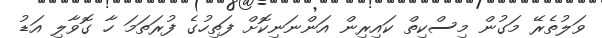
ވަލުތެރޭ މަގުން މިސްކިތް ކައިރިން އަންނަނިކޮށް ފަތިހުގެ ފުރަތަމަ ހާ ގޮވާލި އަޑު